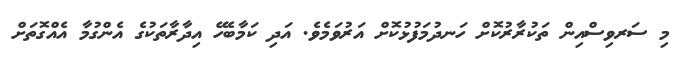
މި ސަރވިސްއިން ތަކުރާރުކޮށް ހަނދުމަފުޅުކޮށް އަރުވަމެވެ. އަދި ކަމާބެހޭ އިދާރާތަކުގެ އެންގުމާ އެއްގޮތަށް